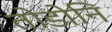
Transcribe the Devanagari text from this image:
तोडोनि